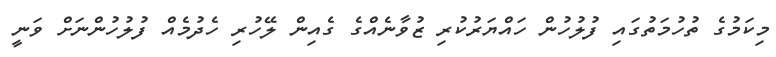
މިކަމުގެ ތުހުމަތުގައި ފުލުހުން ހައްޔަރުކުރި ޒުވާނެއްގެ ގެއިން ލޭހުރި ހެދުމެއް ފުލުހުންނަށް ވަނީ